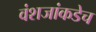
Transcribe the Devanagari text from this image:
वंशजांकडेच